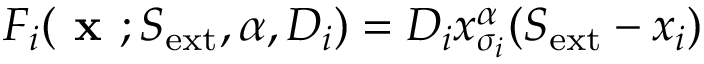
F _ { i } ( \textbf { x } ; S _ { \mathrm { e x t } } , \alpha , D _ { i } ) = D _ { i } x _ { \sigma _ { i } } ^ { \alpha } ( S _ { \mathrm { e x t } } - x _ { i } )